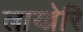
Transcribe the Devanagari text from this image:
लाय्ब्रेरि